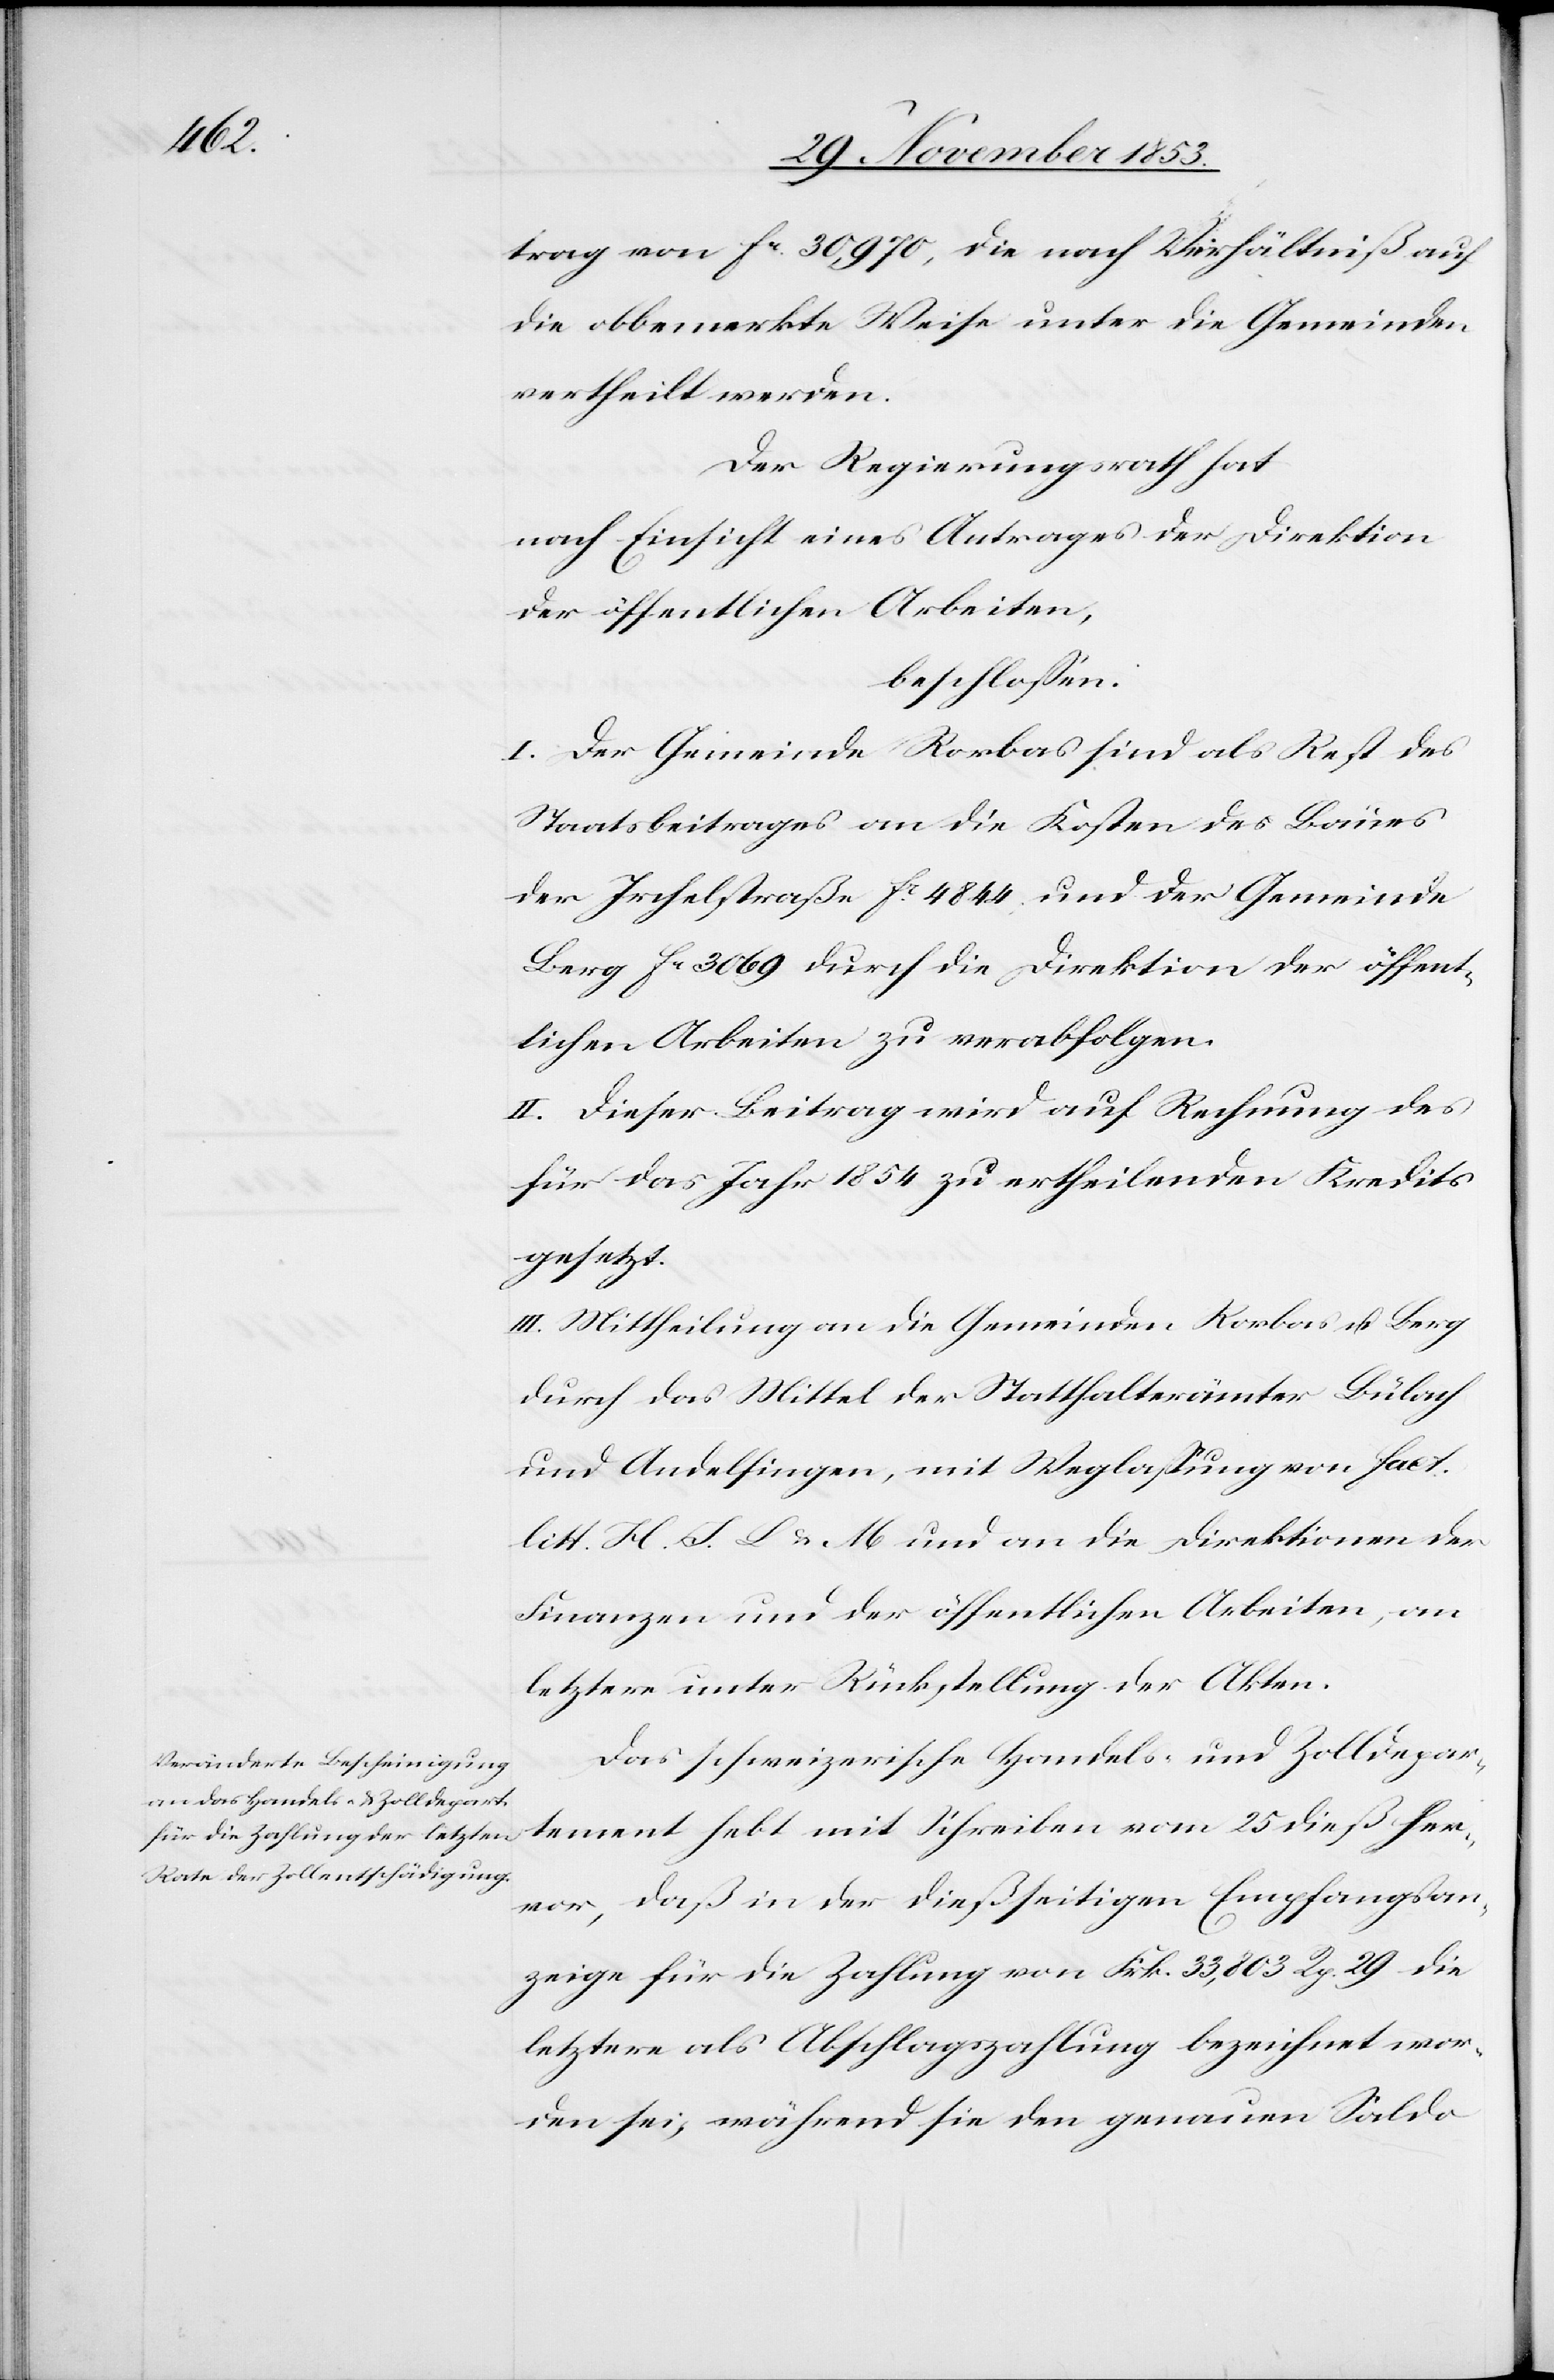
trag von fc 30,970, die nach Verhältniß auf
die obbemerkte Weise unter die Gemeinden
vertheilt werden.
Der Regierungsrath hat
nach Einsicht eines Antrages der Direktion
der öffentlichen Arbeiten,
beschlossen:
I. Der Gemeinde Rorbas sind als Rest des
Staatsbeitrages an die Kosten des Baues
der Irchelstraße fc 4844 und der Gemeinde
Berg fc 3069 durch die Direktion der öffent¬
lichen Arbeiten zu verabfolgen.
II. Dieser Beitrag wird auf Rechnung des
für das Jahr 1854 zu ertheilenden Kredits
gesetzt.
III. Mittheilung an die Gemeinden Rorbas u. Berg
durch das Mittel der Statthalterämter Bülach
und Andelfingen, mit Weglassung von fact:
litt. H. J. L. u. M und an die Direktionen der
Finanzen und der öffentlichen Arbeiten, an
letztere unter Rückstellung der Akten.
Das schweizerische Handels- und Zolldepar¬
tement hebt mit Schreiben vom 25 dieß her¬
vor, daß in der dießseitigen Empfangsan¬
zeige für die Zahlung von Frk. 33,803 Rp. 29 die
letztere als Abschlagszahlung bezeichnet wor¬
den sei; während sie den genauen Saldo